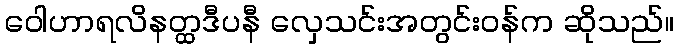
ဝေါဟာရလိနတ္ထဒီပနီ လှေသင်းအတွင်းဝန်က ဆိုသည်။